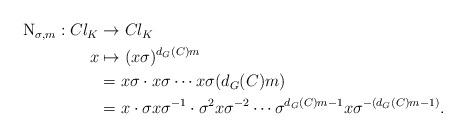
LaTeX: \begin{align*} \begin{aligned} {\rm N}_{\sigma, m}: Cl_K &\to Cl_K\\ x & \mapsto (x\sigma)^{d_{G}(C)m}\\ & =x\sigma \cdot x\sigma \cdots x\sigma (d_{G}(C)m)\\ &= x \cdot \sigma x \sigma^{-1} \cdot \sigma^2 x \sigma^{-2}\cdots\sigma^{d_{G}(C)m-1} x \sigma^{-({d_{G}(C)m-1)}}.\end{aligned}\end{align*}